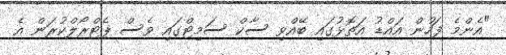
"އެންމެ ފަހުން އައްޑު އަތޮޅުގައި ބޭއްވި ސާކް ސަމިޓްގައި ވެސް ޕެޓްރޯލްކުރަން އެ